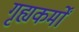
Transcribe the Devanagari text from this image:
गृह्यकर्मों